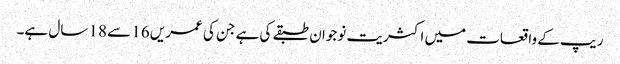
ریپ کے واقعات میں اکثریت نوجوان طبقے کی ہے جن کی عمریں 16 سے 18 سال ہے۔